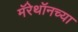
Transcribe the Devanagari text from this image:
मॅरेथॉनच्या